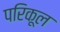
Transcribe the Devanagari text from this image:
परिकूल